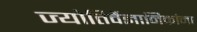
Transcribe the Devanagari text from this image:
ज्योतिर्वैज्ञानिकांना